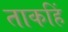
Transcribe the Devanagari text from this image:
ताकहिं